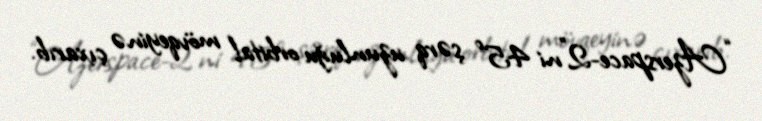
“Azerspace-2”ni 45° şərq uzunluğu orbital mövqeyinə çıxarıb.